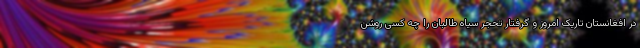
در افغانستان تاریک امروز و گرفتار تحجر سیاه طالبان را چه کسی روشن